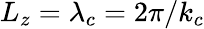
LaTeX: {L_{z}=\lambda_{c}=2\pi/k_{c}}